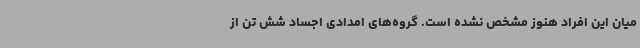
میان این افراد هنوز مشخص نشده است. گروه‌های امدادی اجساد شش تن از